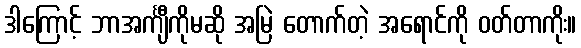
ဒါကြောင့် ဘာအင်္ကျီကိုမဆို အမြဲ တောက်တဲ့ အရောင်ကို ဝတ်တာကိုး။